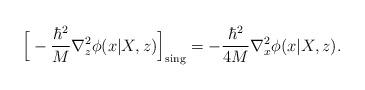
LaTeX: \begin{align*}\Big[-\frac{\hbar^2}{ M}\nabla_z^2\phi(x|X,z)\Big]_{\rm sing}=-\frac{\hbar^2}{ 4M}\nabla_x^2\phi(x|X,z).\end{align*}